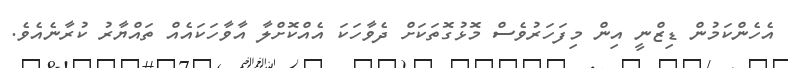
އެހެންކަމުން ޑިޒްނީ އިން މިފަހަރުވެސް މޮޅުގޮތަކަށް ދެވާހަކަ އެއްކޮށްލާ އާވާހަކައެއް ތައްޔާރު ކުރާނެއެވެ.